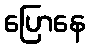
ပြောနေ